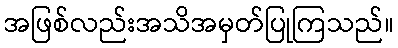
အဖြစ်လည်းအသိအမှတ်ပြုကြသည်။